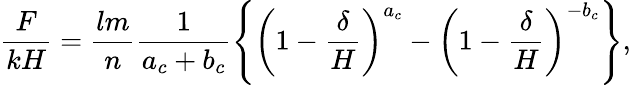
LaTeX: \frac{F}{kH}=\frac{lm}{n}\frac{1}{a_{c}+b_{c}}\left\{ \left(1-\frac{\delta}{H}\right)^{a_{c}}-\left(1-\frac{\delta}{H}\right)^{-b_{c}}\right\} ,